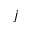
j